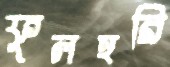
ফুলহরি